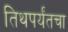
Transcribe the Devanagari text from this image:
तिथपर्यंतचा